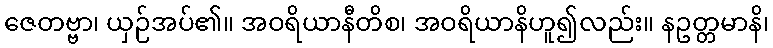
ဇေတဗ္ဗာ၊ ယှဉ်အပ်၏။ အဝရိယာနီတိစ၊ အဝရိယာနိဟူ၍လည်း။ နဥတ္တမာနိ၊